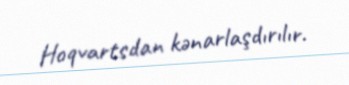
Hoqvartsdan kənarlaşdırılır.